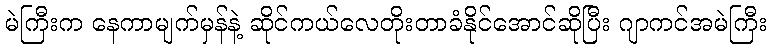
မဲကြီးက နေကာမျက်မှန်နဲ့ ဆိုင်ကယ်လေတိုးတာခံနိုင်အောင်ဆိုပြီး ဂျာကင်အမဲကြီး